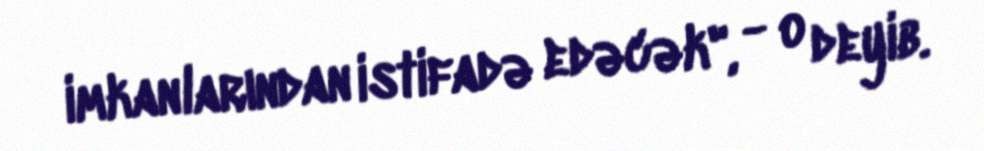
imkanlarından istifadə edəcək", - o deyib.